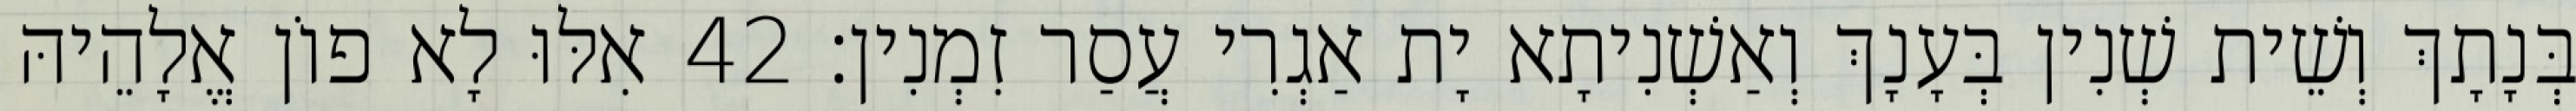
בְּנָתָךְ וְשֵׁית שְׁנִין בְּעָנָךְ וְאַשְׁנִיתָא יָת אַגְרִי עֲסַר זִמְנִין׃ 42 אִלּוּ לָא פוֹן אֱלָהֵיהּ